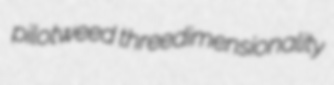
pilotweed threedimensionality